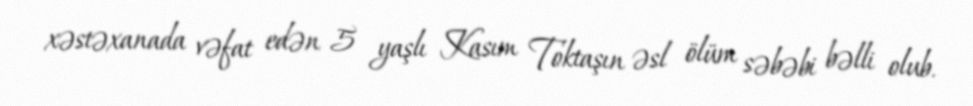
xəstəxanada vəfat edən 5 yaşlı Kasım Toktaşın əsl ölüm səbəbi bəlli olub.